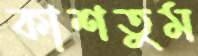
কাশতুম